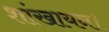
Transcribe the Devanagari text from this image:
शांखायन।